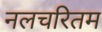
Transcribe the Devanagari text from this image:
नलचरितम